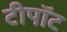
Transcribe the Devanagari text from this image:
टीपॉट